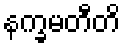
နက္ခမတီတိ